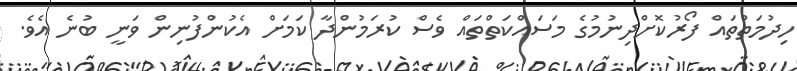
ހިދުމަތްތައް ފޯރުކޮށްދިނުމުގެ މަސައްކަތްތައް ވެސް ކުރަމުންދާ ކަމަށް އެކުންފުނިން ވަނީ ބުނެ އެވެ.